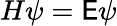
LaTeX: H\psi=\mathsf{E}\psi